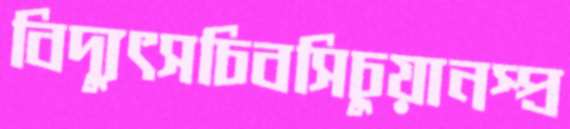
বিদ্যুৎসচিবসিচুয়ানস্প্র